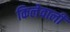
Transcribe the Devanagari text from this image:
किलेवाली